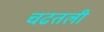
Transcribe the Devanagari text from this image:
चढतली